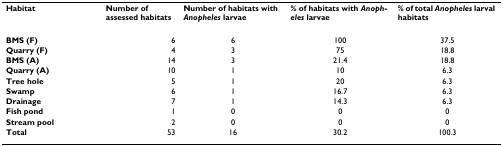
<table><thead><tr><td><b>Habitat</b></td><td><b>Number of assessed habitats</b></td><td><b>Number of habitats with <i>Anopheles </i>larvae</b></td><td><b>% of habitats with <i>Anopheles </i>larvae</b></td><td><b>% of total <i>Anopheles </i>larval habitats</b></td></tr></thead><tbody><tr><td><b>BMS (F)</b></td><td>6</td><td>6</td><td>100</td><td>37.5</td></tr><tr><td><b>Quarry (F)</b></td><td>4</td><td>3</td><td>75</td><td>18.8</td></tr><tr><td><b>BMS (A)</b></td><td>14</td><td>3</td><td>21.4</td><td>18.8</td></tr><tr><td><b>Quarry (A)</b></td><td>10</td><td>1</td><td>10</td><td>6.3</td></tr><tr><td><b>Tree hole</b></td><td>5</td><td>1</td><td>20</td><td>6.3</td></tr><tr><td><b>Swamp</b></td><td>6</td><td>1</td><td>16.7</td><td>6.3</td></tr><tr><td><b>Drainage</b></td><td>7</td><td>1</td><td>14.3</td><td>6.3</td></tr><tr><td><b>Fish pond</b></td><td>1</td><td>0</td><td>0</td><td>0</td></tr><tr><td><b>Stream pool</b></td><td>2</td><td>0</td><td>0</td><td>0</td></tr><tr><td><b>Total</b></td><td>53</td><td>16</td><td>30.2</td><td>100.3</td></tr></tbody></table>